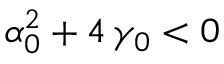
\alpha _ { 0 } ^ { 2 } + 4 \, \gamma _ { 0 } < 0